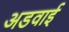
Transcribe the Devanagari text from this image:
अडवाई